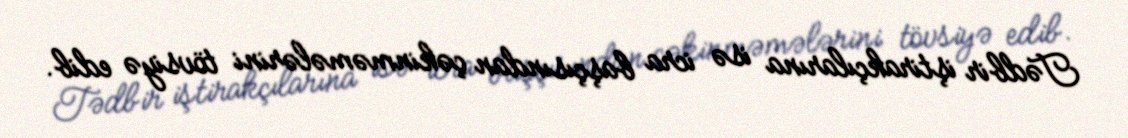
Tədbir iştirakçılarına isə icra başçısından çəkinməmələrini tövsiyə edib.